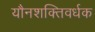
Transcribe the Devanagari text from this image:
यौनशक्तिवर्धक